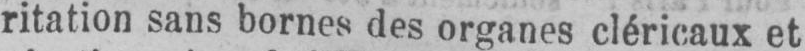
ritation sans bornes des organes cléricaux et